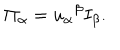
\Pi _ { \alpha } = u _ { \alpha } \hspace { 0 . 1 m m } ^ { \beta } I _ { \beta } .